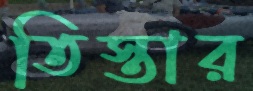
তিস্তার